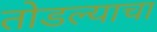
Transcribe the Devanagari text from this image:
तोडल्याचा